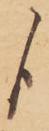
候